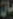
مان